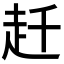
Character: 𧺛